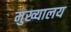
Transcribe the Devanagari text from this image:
मुख्यालय